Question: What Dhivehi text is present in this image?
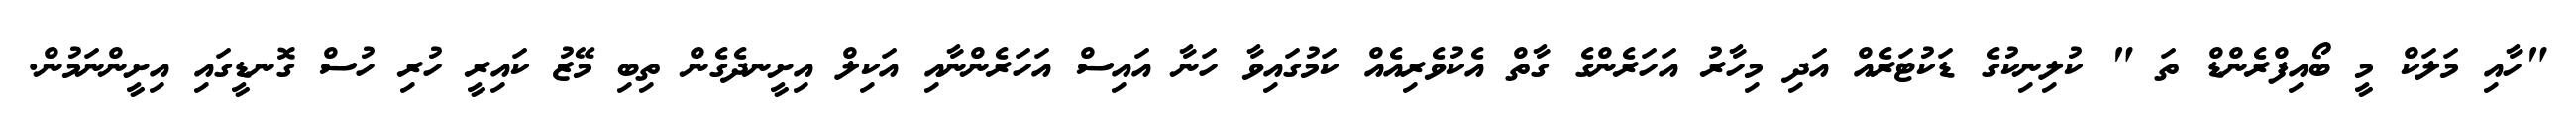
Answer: "ހާއި މަލަކް މީ ބޯއިފްރެންޑް ތަ " ކުލިނިކުގެ ޑަކުޓަރެއް އަދި މިހާރު އަހަރެންގެ ގާތް އެކުވެރިއެއް ކަމުގައިވާ ހަނާ އައިސް އަހަރެންނާއި އަކިލް އިށީނދެގެން ތިބި މޭޒު ކައިރީ ހުރި ހުސް ގޮނޑީގައި އިށީންނަމުން.